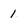
Character: 1